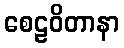
စေဠဝိတာနာ